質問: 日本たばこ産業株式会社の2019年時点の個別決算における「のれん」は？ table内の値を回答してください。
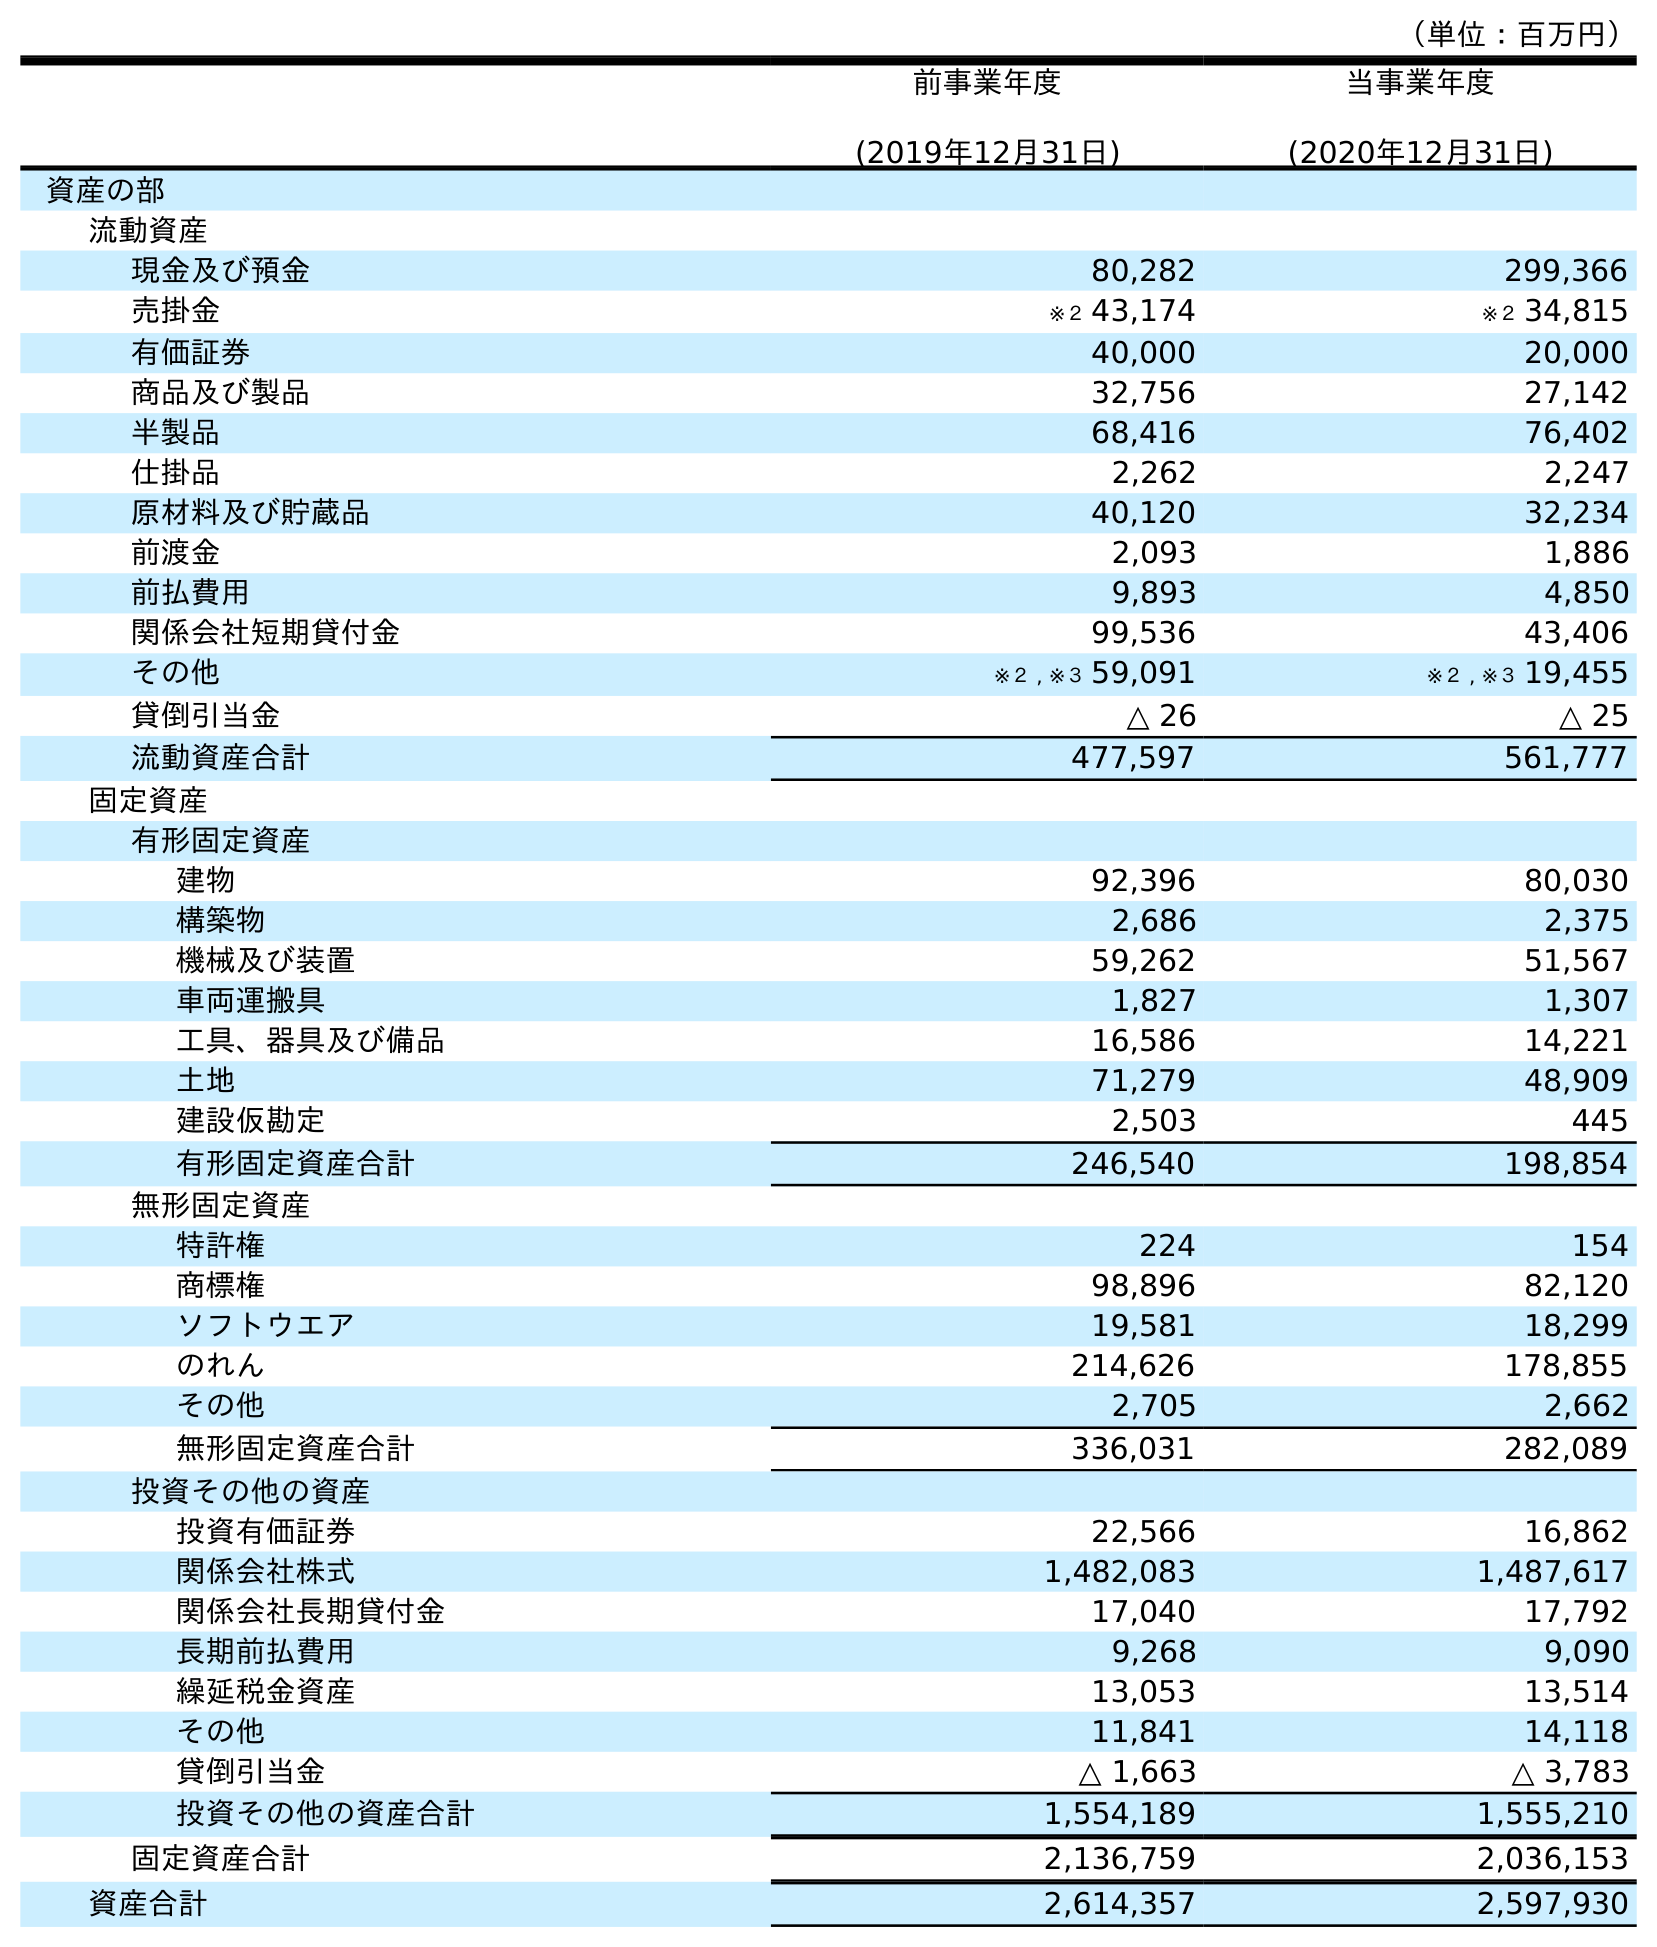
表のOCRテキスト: （単位：百万円） 前事業年度 (2019年12月31日) 当事業年度 (2020年12月31日) 資産の部 流動資産 現金及び預金 80,282 299,366 売掛金 ※２ 43,174 ※２ 34,815 有価証券 40,000 20,000 商品及び製品 32,756 27,142 半製品 68,416 76,402 仕掛品 2,262 2,247 原材料及び貯蔵品 40,120 32,234 前渡金 2,093 1,886 前払費用 9,893 4,850 関係会社短期貸付金 99,536 43,406 その他 ※２ , ※３ 59,091 ※２ , ※３ 19,455 貸倒引当金 △ 26 △ 25 流動資産合計 477,597 561,777 固定資産 有形固定資産 建物 92,396 80,030 構築物 2,686 2,375 機械及び装置 59,262 51,567 車両運搬具 1,827 1,307 工具、器具及び備品 16,586 14,221 土地 71,279 48,909 建設仮勘定 2,503 445 有形固定資産合計 246,540 198,854 無形固定資産 特許権 224 154 商標権 98,896 82,120 ソフトウエア 19,581 18,299 のれん 214,626 178,855 その他 2,705 2,662 無形固定資産合計 336,031 282,089 投資その他の資産 投資有価証券 22,566 16,862 関係会社株式 1,482,083 1,487,617 関係会社長期貸付金 17,040 17,792 長期前払費用 9,268 9,090 繰延税金資産 13,053 13,514 その他 11,841 14,118 貸倒引当金 △ 1,663 △ 3,783 投資その他の資産合計 1,554,189 1,555,210 固定資産合計 2,136,759 2,036,153 資産合計 2,614,357 2,597,930
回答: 214,626